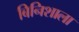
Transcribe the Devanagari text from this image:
बिनिशाला